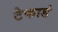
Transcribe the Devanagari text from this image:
टेकाडं